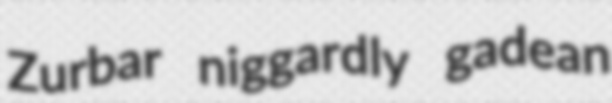
Zurbar niggardly gadean